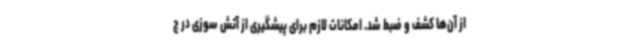
از آن‌ها کشف و ضبط شد. امکانات لازم برای پیشگیری از آتش سوزی در ج